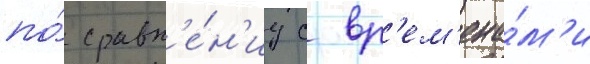
по́ сравн'е́н'иу с вр'ем'ена́м'и